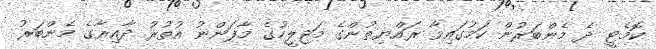
ކޮމެޓީ ދެ މެންބަރުން ކަމުގައިވާ ރައްޔިތުންގެ މަޖިލީހުގެ މާފަންނު އުތުރު ދާއިރާގެ މެންބަރު